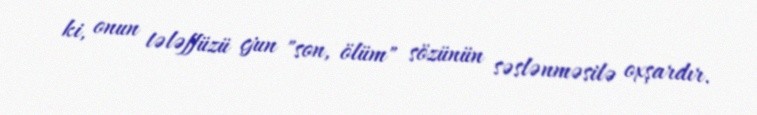
ki, onun tələffüzü çjun "son, ölüm" sözünün səslənməsilə oxşardır.